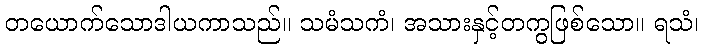
တယောက်သောဒါယကာသည်။ သမံသကံ၊ အသားနှင့်တကွဖြစ်သော။ ရသံ၊